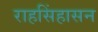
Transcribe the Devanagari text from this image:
राहसिंहासन